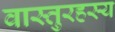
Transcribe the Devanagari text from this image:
वास्तुरहस्य